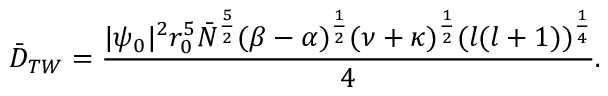
\bar { D } _ { T W } = \frac { | \psi _ { 0 } | ^ { 2 } r _ { 0 } ^ { 5 } \bar { N } ^ { \frac { 5 } { 2 } } ( \beta - \alpha ) ^ { \frac { 1 } { 2 } } ( \nu + \kappa ) ^ { \frac { 1 } { 2 } } ( l ( l + 1 ) ) ^ { \frac { 1 } { 4 } } } { 4 } .